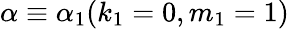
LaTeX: \alpha\equiv\alpha_{1}(k_{1}=0,m_{1}=1)